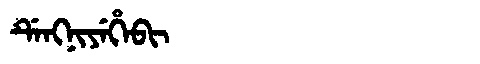
Manchu: ᡩᡝᠩᠨᡳᠶᡝᡥᡝᠪᡳ
Romanization: DENGNIYEHEBI